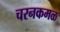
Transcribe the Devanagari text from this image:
चरनकमळ